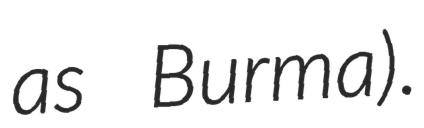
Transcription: as Burma).